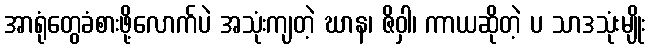
အာရုံတွေခံစားဖို့လောက်ပဲ အသုံးကျတဲ့ ဃာန၊ ဇိဝှါ၊ ကာယဆိုတဲ့ ပ သာဒသုံးမျိုး